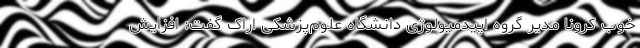
خوب کرونا مدیر گروه اپیدمیولوژی دانشگاه علوم‌پزشکی اراک گفت: افزایش